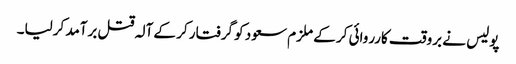
پولیس نے بروقت کارروائی کر کے ملزم سعود کو گرفتار کر کے آلہ قتل برآمد کرلیا۔